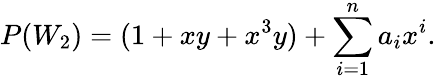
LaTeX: P(W_{2})=(1+xy+x^{3}y)+\sum_{i=1}^{n}a_{i}x^{i}.